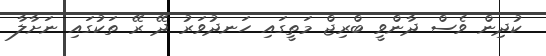
ކުދިން ވެސް ދާންވީ ބްރިޖް މަތީގައި ހަނދުވަރު ދޭ ރޭ ތަކުގައި ނަށާލާ